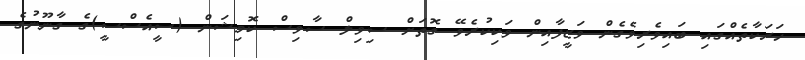
ހަރަކާތެއްގައި ބައިވެރިވެގެން ވަޒީފާއިން ވަކިކުރެވޭ ގޮތަށް ސިވިލް ސާވިސް ކޮމިޝަން (ސީއެސްސީ)ގެ ގާނޫނުގެ